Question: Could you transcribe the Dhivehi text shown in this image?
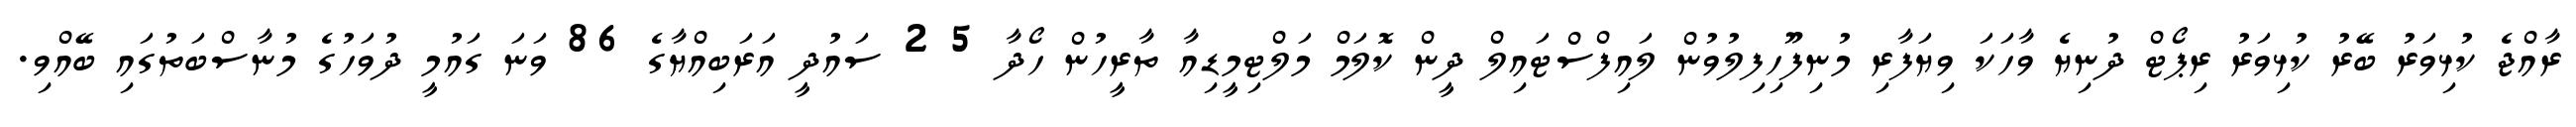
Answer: ރާއްޖެ ކުޅިވަރު ބޭރު ކުޅިވަރު ރިޕޯޓް ދުނިޔެ ވާހަކަ ވިޔަފާރި މުނިފޫހިފިލުވުން ލައިފްސްޓައިލް ދީން ކޮލަމް މަލްޓިމީޑިއާ ތާރީހުން ހޯދާ 5 2 ސައުދީ އަރަބިއްޔާގެ 86 ވަނަ ގައުމީ ދުވަހުގެ މުނާސްބަތުގައި ބޭއްވި.